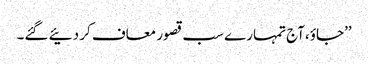
’’جاؤ،آج تمہارے سب قصور معاف کر دئیے گئے۔